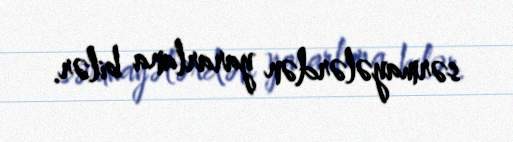
sərmayələrdən yararlana bilər.